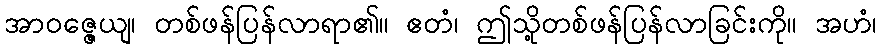
အာဝဇ္ဇေယျ၊ တစ်ဖန်ပြန်လာရာ၏။ ဧတံ၊ ဤသို့တစ်ဖန်ပြန်လာခြင်းကို။ အဟံ၊